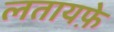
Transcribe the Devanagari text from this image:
लतायफ़े